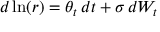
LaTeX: d \ln ( r ) = \theta _ { t } \, d t + \sigma \, d W _ { t }